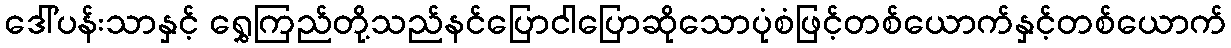
ဒေါ်ပန်းသာနှင့် ရွှေကြည်တို့သည်နင်ပြောငါပြောဆိုသောပုံစံဖြင့်တစ်ယောက်နှင့်တစ်ယောက်